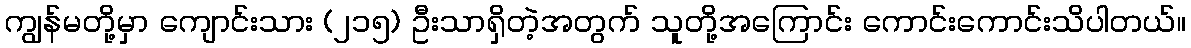
ကျွန်မတို့မှာ ကျောင်းသား (၂၁၅) ဦးသာရှိတဲ့အတွက် သူတို့အကြောင်း ကောင်းကောင်းသိပါတယ်။